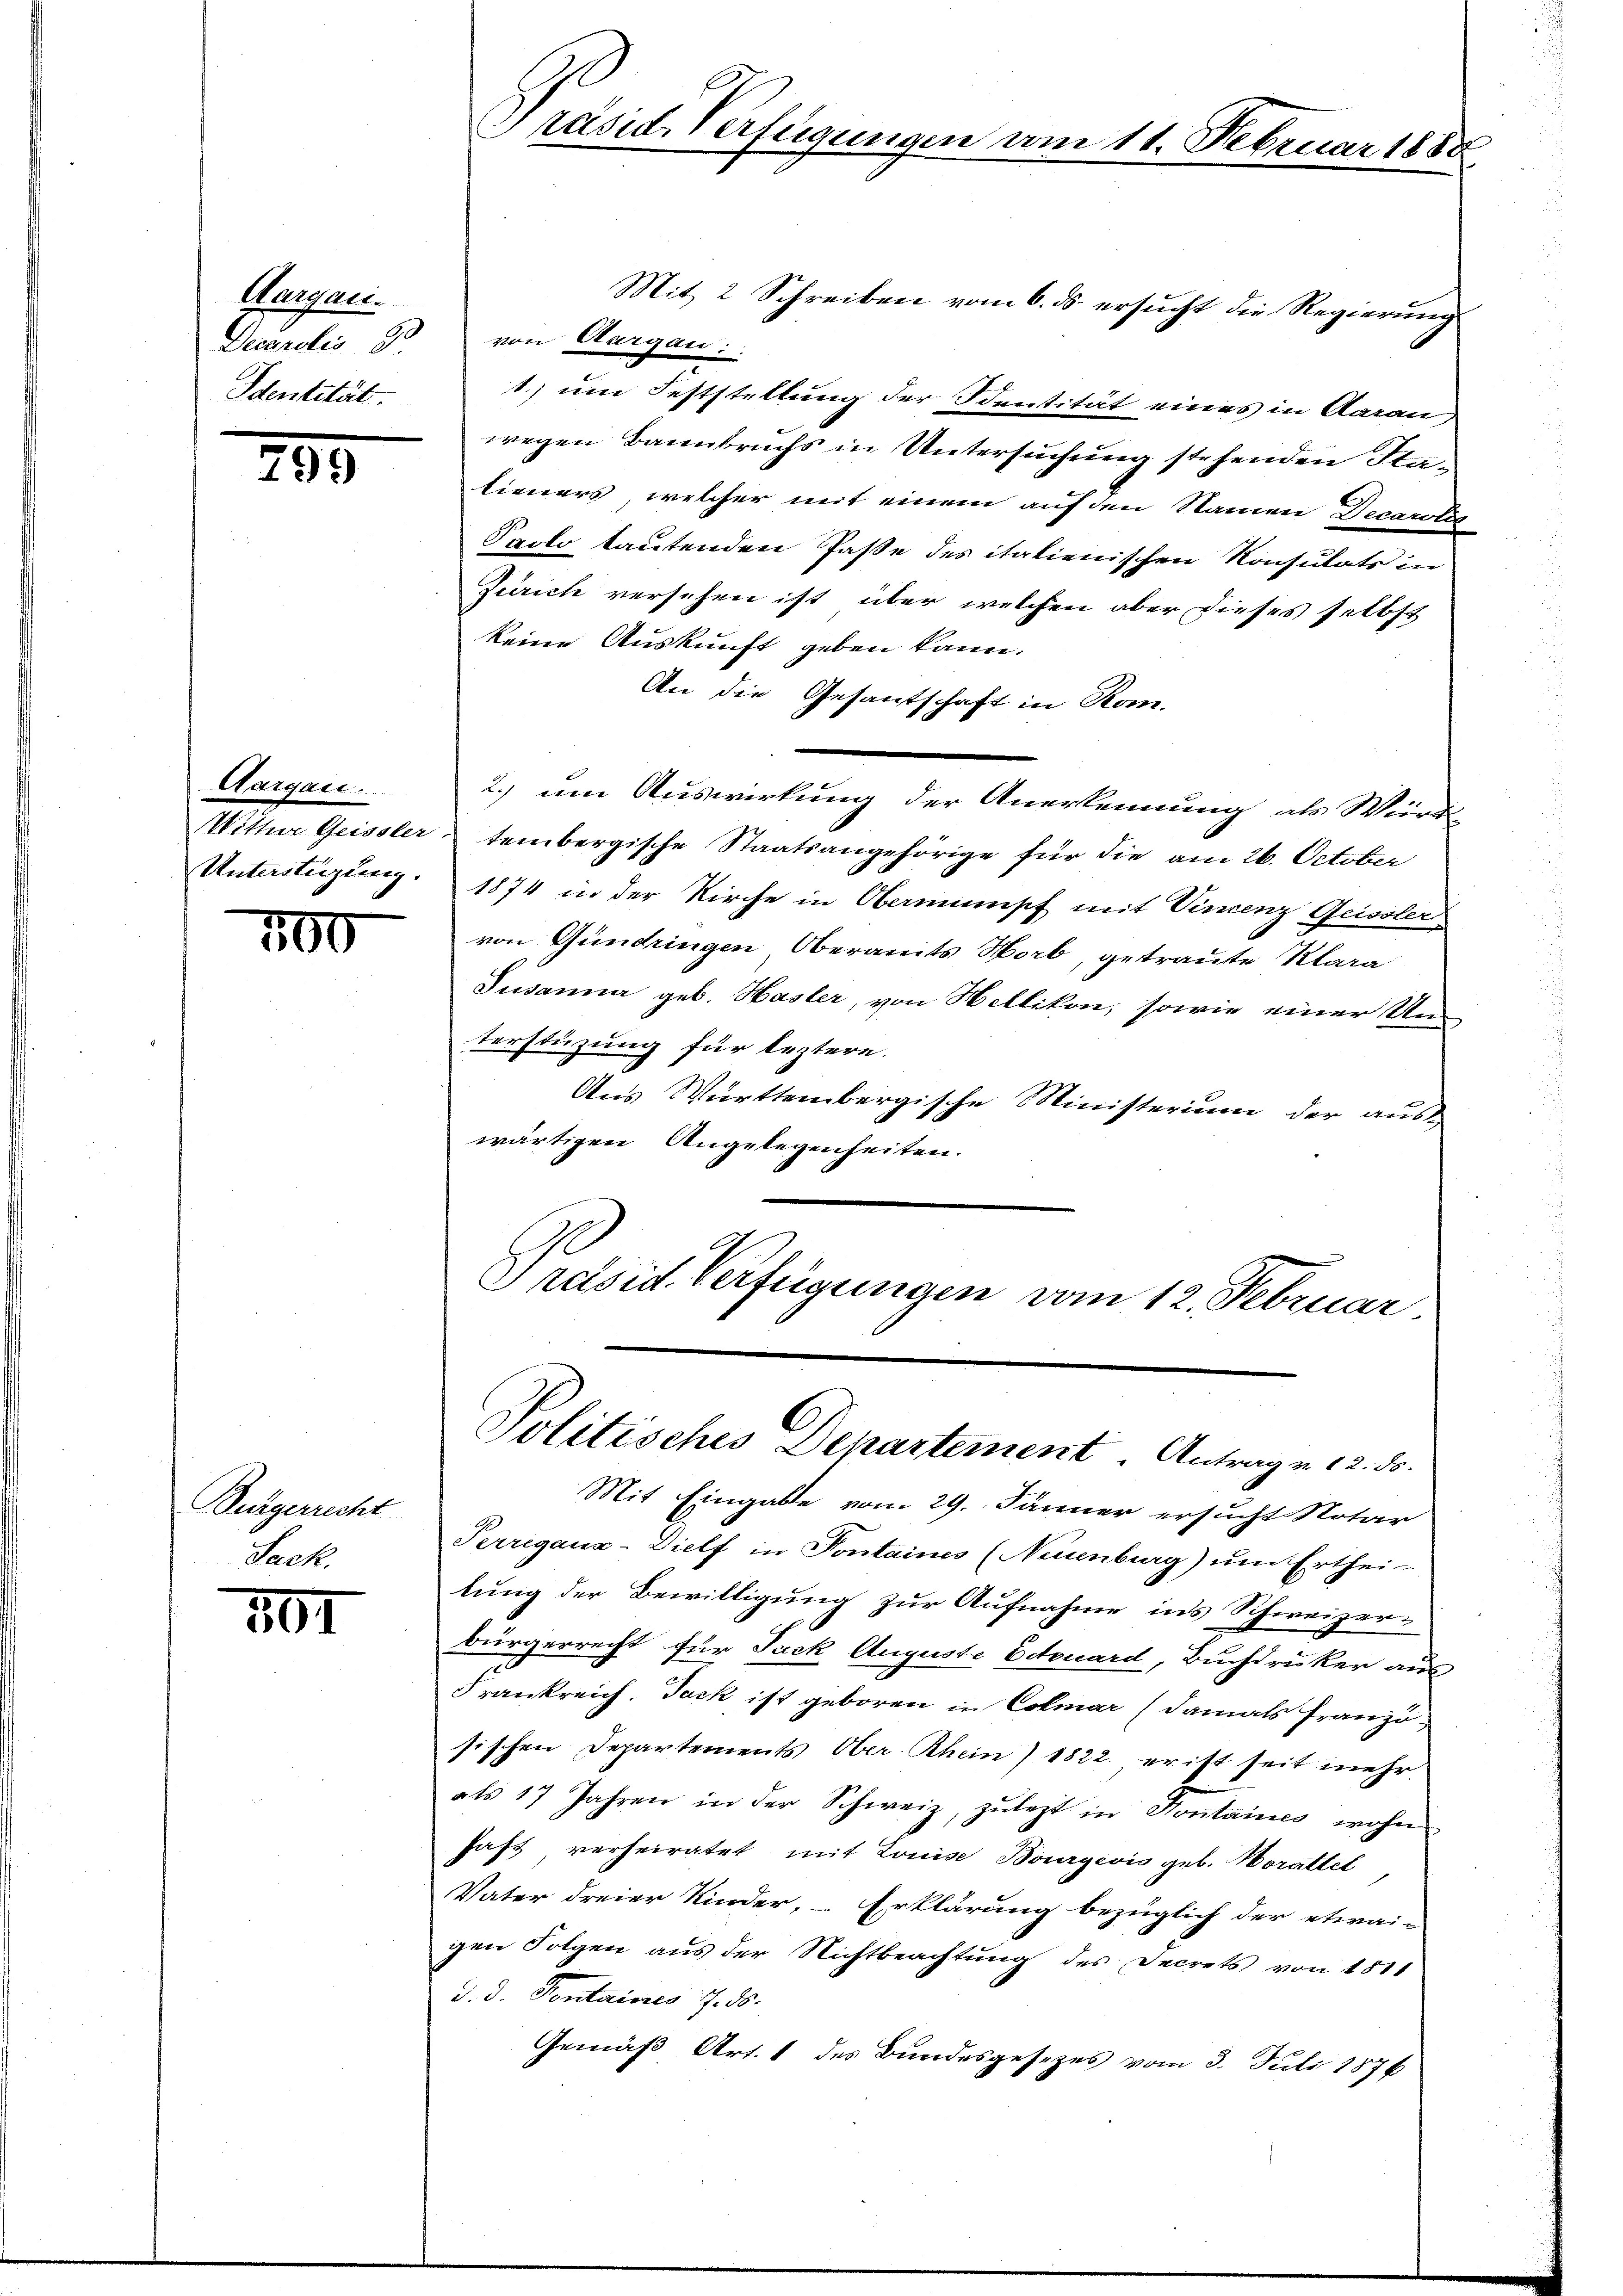
Aargau.
Decuralis 90
Identität.

799

Aargau.
Wittwe Geissler
Unterstüzung.

700

Bürgerricht
Sack.

101

Präsid-Verfügungen am 11. Februar 1888

Mit 2 Schreiben vom 6. ds. ersucht die Regierung
von Aargau:
1.) um Feststellung der Sentität eines in Aarau
wegen Bannbruchs in Untersuchung stehenden Stalieners, welcher mit einem auf den Namen Decarotes
Pacto tautenden Paße des italienischen Konsulats in
Zürich versehen ist, über welchen aber dieses selbst
keine Auskunft geben kann.
An die Gesantschaft in Kom-
2.) um Auswirkung der Anerkennung als Würd
tembergische Staatsangehörige für die am 26. October
1874 in der Kirche in Oberminisch mit Vincenz Geissler-
von Gündringen Oberaits Horb, getraute Klara
Jusanna geb. Hasler, von Hellikon, sowie einer Un-
terstüzung für leztere.
Aus Württembergische Ministerium der aus-
wärtigen Angelegenheiten.
Präsid. Verfügungen vom 12. Februar

Politisches Departement Antrag u. 12. ds.

Mit Eingabe vom 29. Jänner ersucht Notar
Perregaua-Dielf in Pontaines (Neuenburg) um Erthei-
lung der Bewilligung zur Aufnahme in’s Schweizerbürgerrecht für Jack Auguste Edouard, Buchdruker aus
Frankreich. Jack ist geboren in Colmar (damals Franzö-
sischen Departements Ober-Rhein) 1822. er ist seit mehr
als 17 Jahren in der Schweiz, zulezt in Kontaines wohn
hast verheiratet mit Louise Bourgeois geb. Horattel
Vater dreier Kinder, Erklärung bezüglich der etwai-
gen Folgen aus der Nichtbeachtung des Secrets von 1811
d. d. Pontaires 7. ds.
Gemäß Art. 1 des Bundesgesezes vom 3. Juli 1876